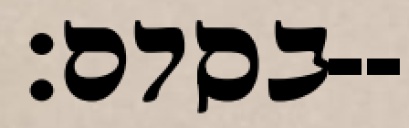
בסדם׃--